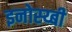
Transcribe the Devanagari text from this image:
इनोस्य्बी